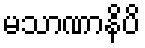
မသာဏာနိပိ